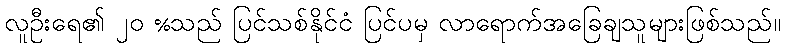
လူဦးရေ၏ ၂၀ %သည် ပြင်သစ်နိုင်ငံ ပြင်ပမှ လာရောက်အခြေချသူများဖြစ်သည်။